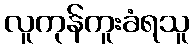
လူကုန်ကူးခံရသူ